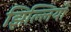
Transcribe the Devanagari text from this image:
झिल्लियो